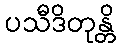
ပသီဒိတုန္တိ